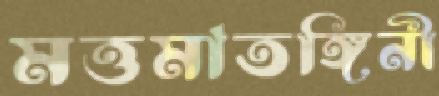
মত্তমাতঙ্গিনী